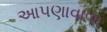
આપણાવાળા